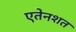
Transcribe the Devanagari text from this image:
एतेनशत